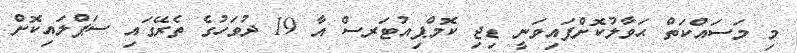
މި މަސައްކަތް ޙަވާލުކޮށްފައިވަނީ ޑިޖި ކޮމްޕިއުޓަރސް އާ 19 ދުވަހުގެ ތެރޭގައި ސަޕްލައިކޮށް